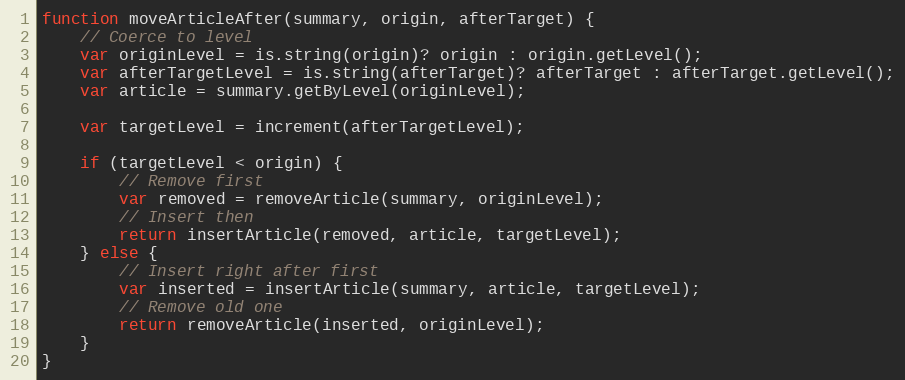
Language: JavaScript
function moveArticleAfter(summary, origin, afterTarget) {
    // Coerce to level
    var originLevel = is.string(origin)? origin : origin.getLevel();
    var afterTargetLevel = is.string(afterTarget)? afterTarget : afterTarget.getLevel();
    var article = summary.getByLevel(originLevel);

    var targetLevel = increment(afterTargetLevel);

    if (targetLevel < origin) {
        // Remove first
        var removed = removeArticle(summary, originLevel);
        // Insert then
        return insertArticle(removed, article, targetLevel);
    } else {
        // Insert right after first
        var inserted = insertArticle(summary, article, targetLevel);
        // Remove old one
        return removeArticle(inserted, originLevel);
    }
}